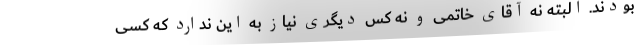
بودند. البته نه آقای خاتمی و نه کس دیگری نیاز به این ندارد که کسی